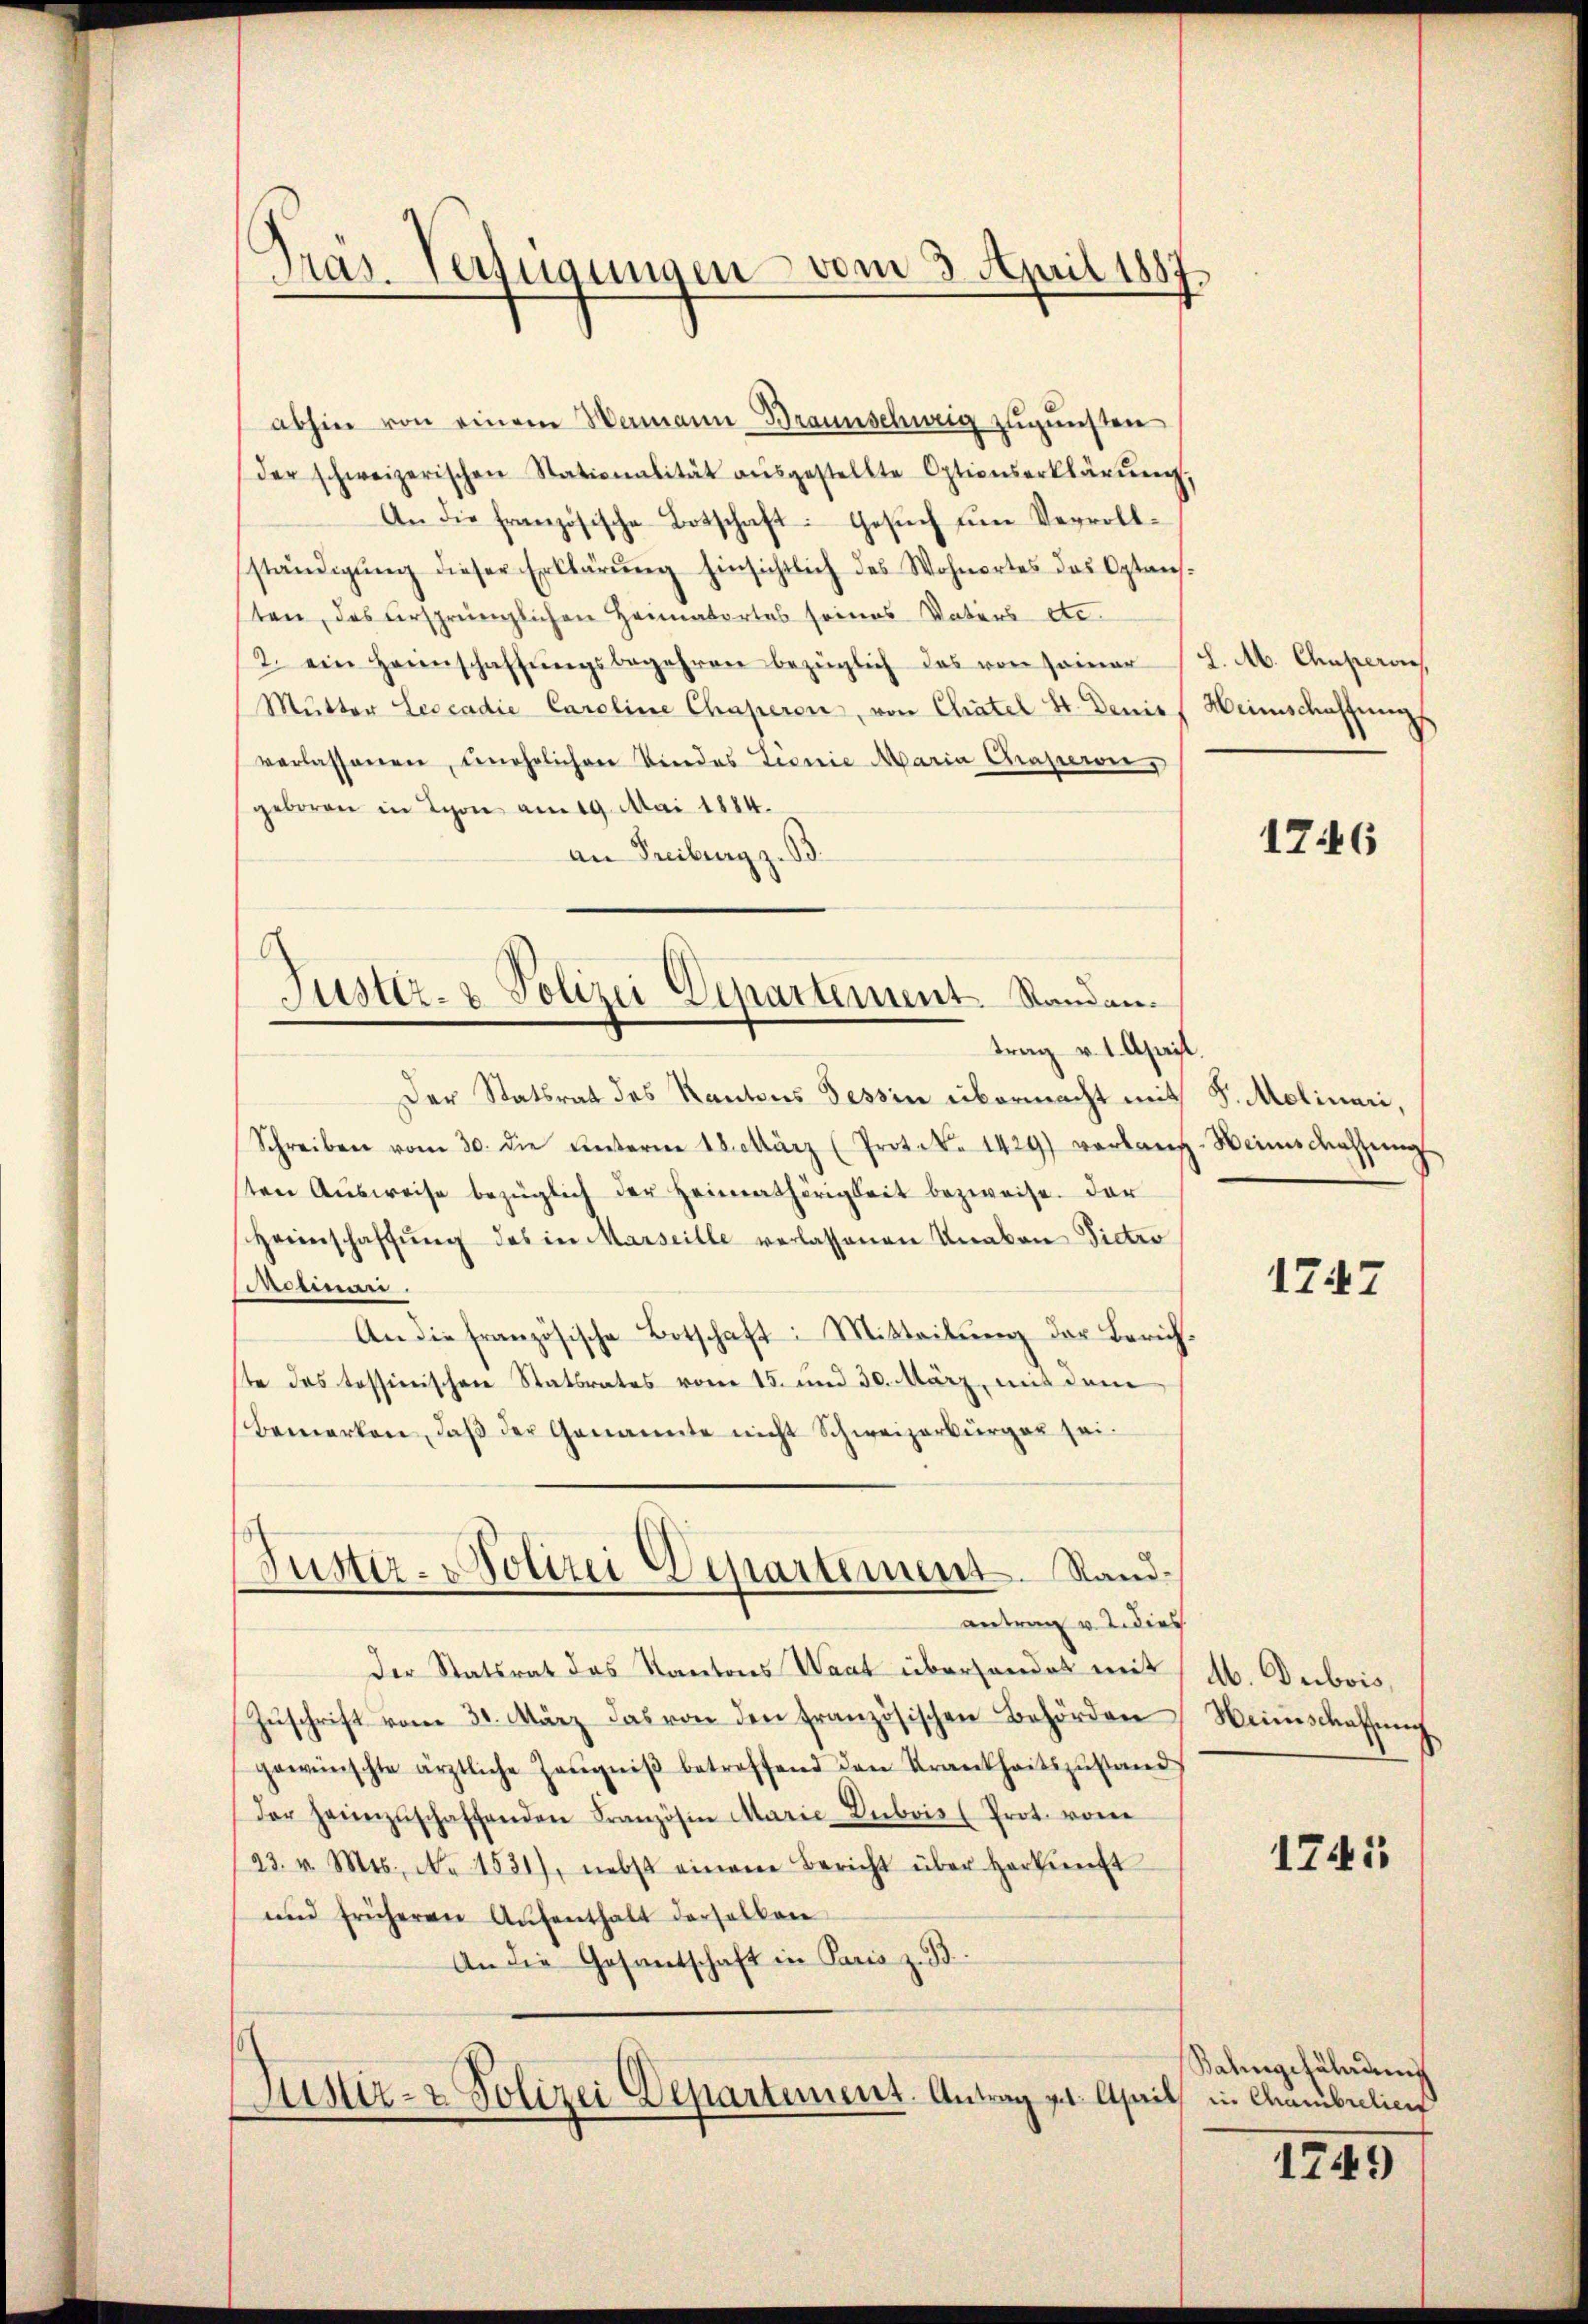
.
Pras. Verfügungen vom 3. April 1887

Justiz- & Polizei Departement. Sandantrag v. 1. April.

abhin von einem Wermann Braunschweig zugunsten
der schweizerischen Stationalität aŭsgestellte Optionserklärŭng,
An die französische Botschaft: Gesuch um Vervollständigung dieser Erklärung hinsichtlich des Wohnortes das Optansten, das ursprünglichen Heimatortes seines Vaters etc.
2. ein Heimschaffŭngsbegehren bezüglich das von seiner
Mutter Leocadie Caroline Chaperon, von Chatel St. Denis
verlassenen, unehelichen Kindes Linie Maria Chraperon,
geboren in Schon am 19. Mai 1884.
an Freiburg z. B.
Der Statsrat des Kantons Tessin übermacht mit
Schreiben vom 30. die Unterm 18. März (Protok. 1429) verlang-Weines Kassŭng
sten Aŭsweise bezüglich der Heimathörigkeit bezweife. Der
Heimschaffŭng des in Marseille verlassenen Unakon Victor
Reimari.
An die französische Botschaft: Mitteilung der Zürichste das tessinischen Statsrates vom 15. und 30. März, mit dem
Bemerken, daβ der Genannte nicht Schweizerbürger sei.
Justiz- & Polizei Departement. Sandantrag v. J. dies
Der Statsrat das Kantons Waat überhandet mit
Zŭschrift vom 31. März das von den französischen Behörden
gewünschte ärztliche Zeŭgniβ betreffend den Krankheitszŭstand
der Heimzuschaffenden Französin Marie-Dubois (Prot. von
23. v. Mts. No 1531), nebst einem Bericht über Herkunft
und früheren Aŭfenthalt derselben
An die Gesandschaft in Paris z. B.
Justiz- & Polizei Departement. Antrag v. April in Chambrelien

L. M. Chaperon
Heimschaffung

1746

S. Molinari,

1747

A. Dubois,
Weinschaffung

1741

Balingefährung

1745